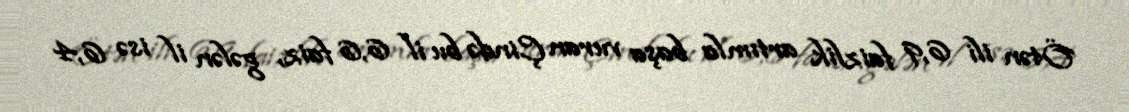
Ötən ili 6,9 faizlik artımla başa vuran Çində bu il 6,6 faiz, gələn il isə 6,4